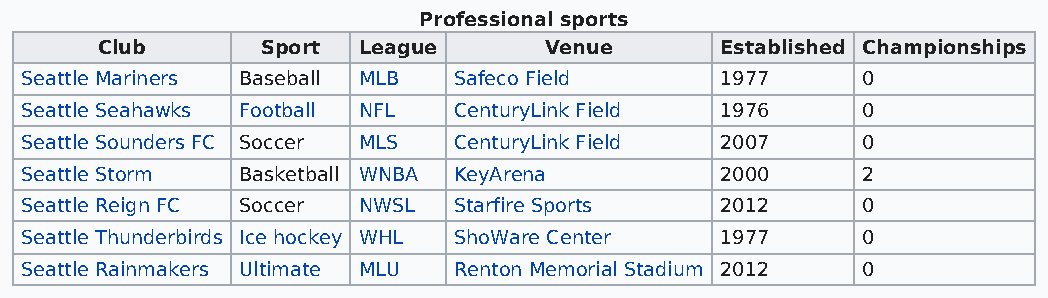
Professional sports
 Club       Sport  League      Venue       Established Championships
 Seattle Mariners Baseball MLB Safeco Field     1977     0
 Seattle Seahawks Football NFL CenturyLink Field 1976    0
 Seattle Sounders FC Soccer MLS CenturyLink Field 2007   0
 Seattle Storm  Basketball WNBA KeyArena        2000     2
 Seattle Reign FC Soccer NWSL Starfire Sports   2012     0
 Seattle Thunderbirds Ice hockey WHL ShoWare Center 1977 0
 Seattle Rainmakers Ultimate MLU Renton Memorial Stadium 2012 0